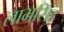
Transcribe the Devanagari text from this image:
लाभसिंह